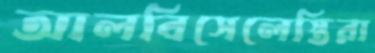
আলবিসেলেস্তিরা